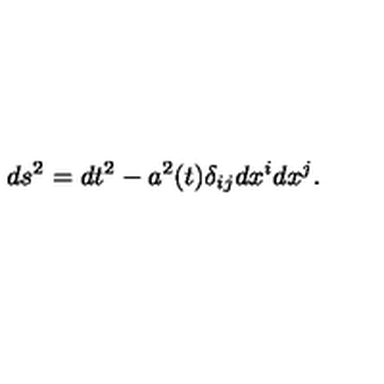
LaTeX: d s ^ { 2 } = d t ^ { 2 } - a ^ { 2 } ( t ) \delta _ { i j } d x ^ { i } d x ^ { j } .